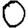
Digit: 0